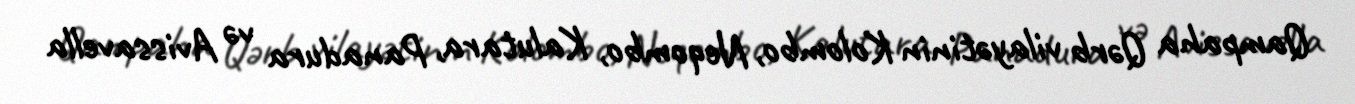
Qampaha Qərb vilayətinin Kolombo, Neqombo, Kalutara, Panadura və Avissavella